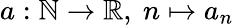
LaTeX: a:\mathbb{N}\to\mathbb{R},\ n\mapsto a_{n}